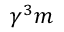
\gamma ^ { 3 } m